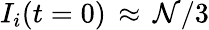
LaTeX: I_{i}(t=0)\, \approx\, \mathcal{N}/3